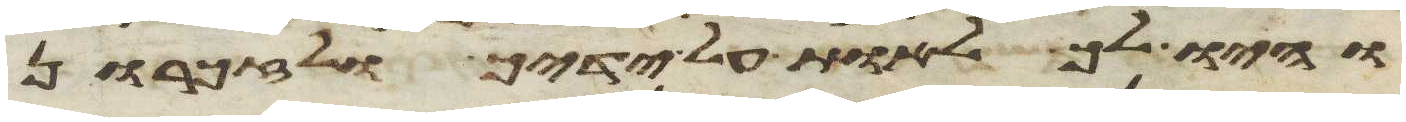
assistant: והיו לך לאות על ידיך ולזכרון